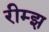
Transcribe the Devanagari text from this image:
रीम्झ